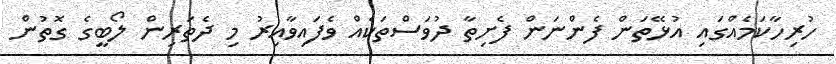
ހުރިހާކަމެއްގައި އުޅޭތަން ފެންނަން ފެށިތާ ދުވަސްތަކެއް ވެފައިވާއިރު މި ދެތަރިން ލޯބީގެ ގޮތުން